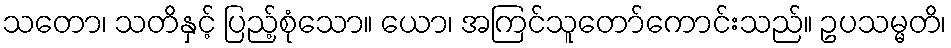
သတော၊ သတိနှင့် ပြည့်စုံသော။ ယော၊ အကြင်သူတော်ကောင်းသည်။ ဥပသမ္မတိ၊